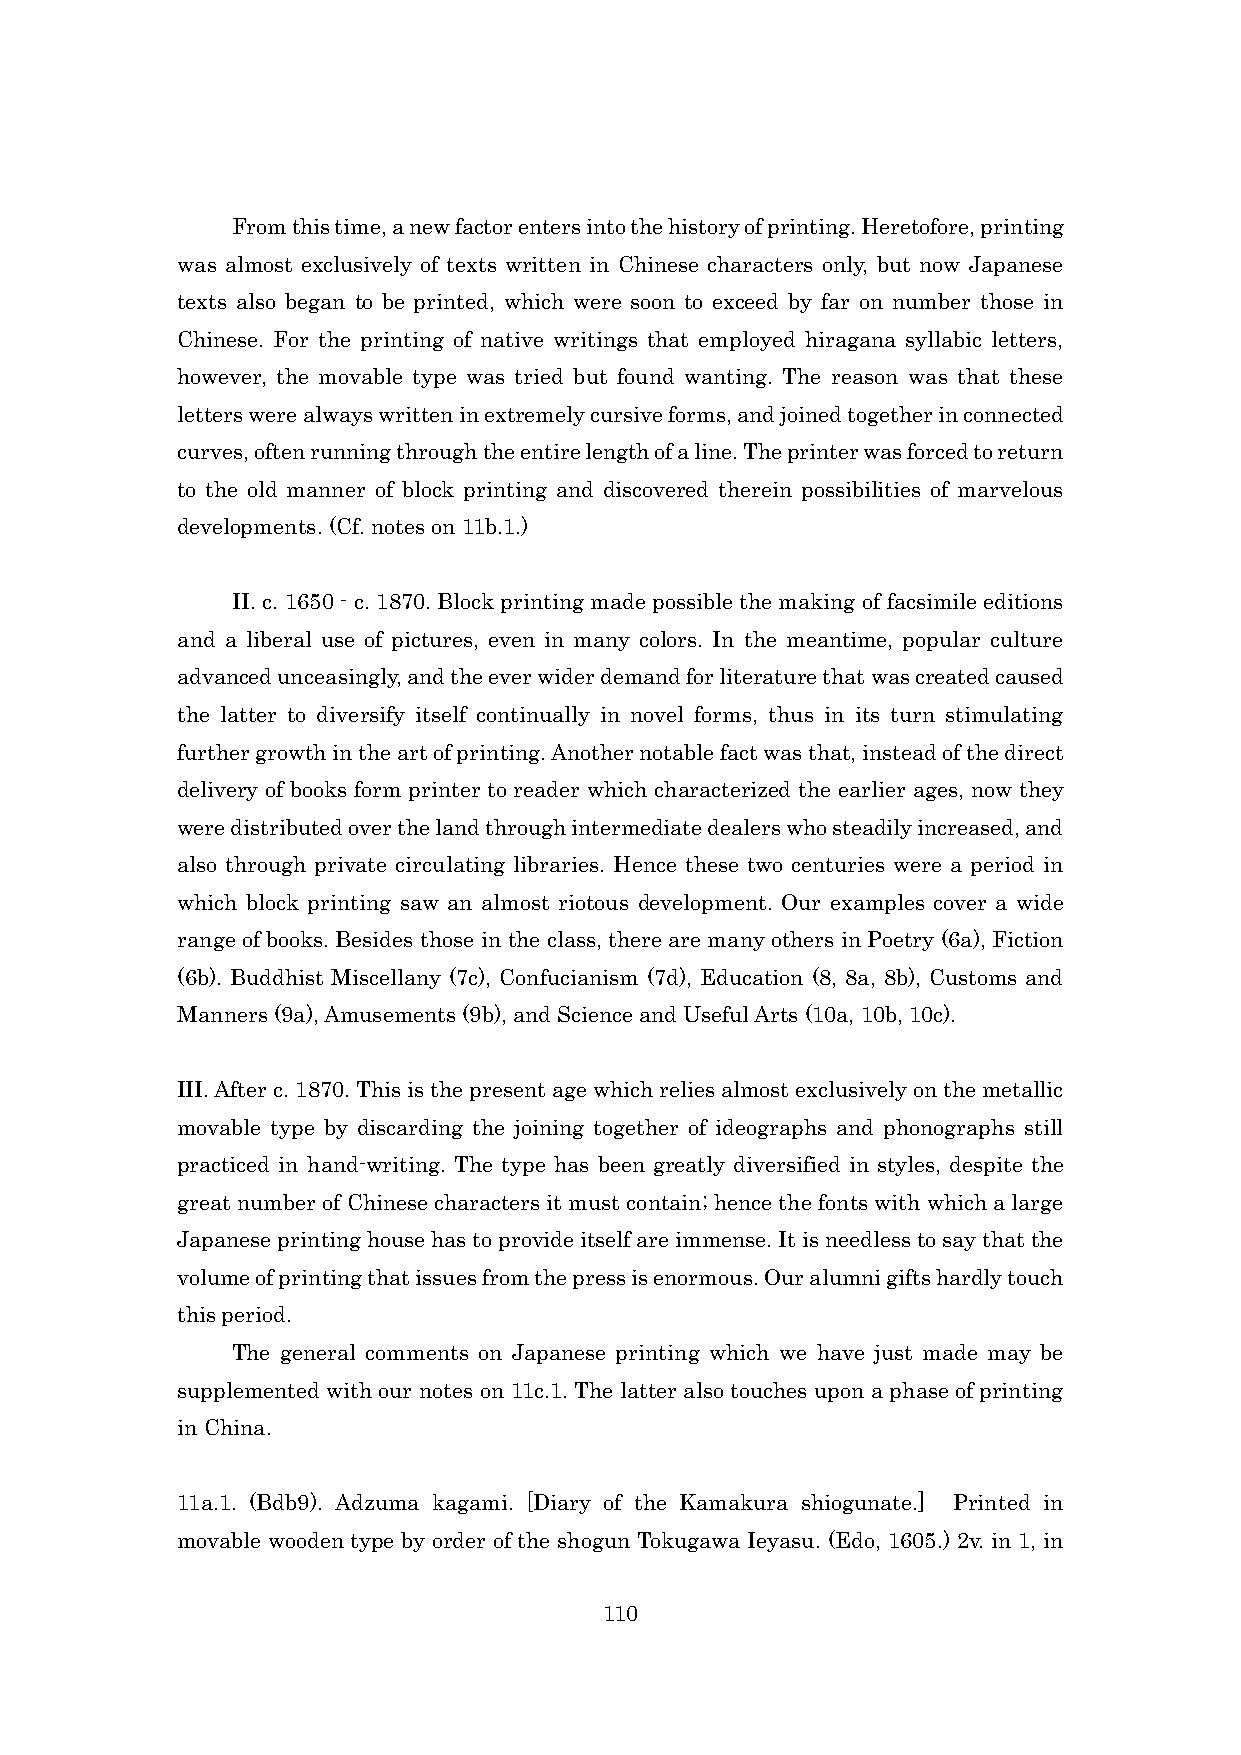
From this time, a new factor enters into the history of printing. Heretofore, printing
 was almost exclusively of texts written in Chinese characters only, but now Japanese
 texts also began to be printed, which were soon to exceed by far on number those in
 Chinese. For the printing of native writings that employed hiragana syllabic letters,
 however, the movable type was tried but found wanting. The reason was that these
 letters were always written in extremely cursive forms, and joined together in connected
 curves, often running through the entire length of a line. The printer was forced to return
 to the old manner of block printing and discovered therein possibilities of marvelous
 developments. (Cf. notes on 11b.1.)
 II. c. 1650 - c. 1870. Block printing made possible the making of facsimile editions
 and a liberal use of pictures, even in many colors. In the meantime, popular culture
 advanced unceasingly, and the ever wider demand for literature that was created caused
 the latter to diversify itself continually in novel forms, thus in its turn stimulating
 further growth in the art of printing. Another notable fact was that, instead of the direct
 delivery of books form printer to reader which characterized the earlier ages, now they
 were distributed over the land through intermediate dealers who steadily increased, and
 also through private circulating libraries. Hence these two centuries were a period in
 which block printing saw an almost riotous development. Our examples cover a wide
 range of books. Besides those in the class, there are many others in Poetry (6a), Fiction
 (6b). Buddhist Miscellany (7c), Confucianism (7d), Education (8, 8a, 8b), Customs and
 Manners (9a), Amusements (9b), and Science and Useful Arts (10a, 10b, 10c).
 III. After c. 1870. This is the present age which relies almost exclusively on the metallic
 movable type by discarding the joining together of ideographs and phonographs still
 practiced in hand-writing. The type has been greatly diversified in styles, despite the
 great number of Chinese characters it must contain; hence the fonts with which a large
 Japanese printing house has to provide itself are immense. It is needless to say that the
 volume of printing that issues from the press is enormous. Our alumni gifts hardly touch
 this period.
 The general comments on Japanese printing which we have just made may be
 supplemented with our notes on 11c.1. The latter also touches upon a phase of printing
 in China.
 11a.1. (Bdb9). Adzuma kagami. [Diary of the Kamakura shiogunate.] Printed in
 movable wooden type by order of the shogun Tokugawa Ieyasu. (Edo, 1605.) 2v. in 1, in
 110